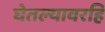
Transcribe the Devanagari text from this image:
घेतल्यावरहि